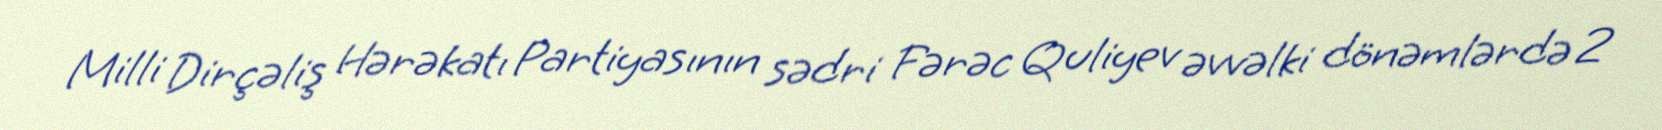
Milli Dirçəliş Hərəkatı Partiyasının sədri Fərəc Quliyev əvvəlki dönəmlərdə 2